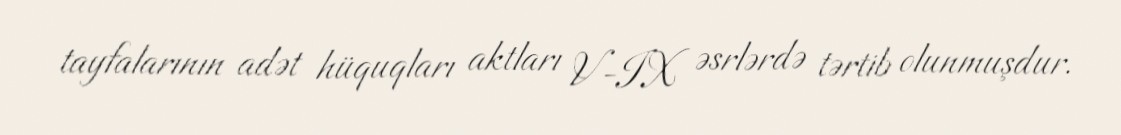
tayfalarının adət hüquqları aktları V-IX əsrlərdə tərtib olunmuşdur.